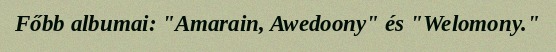
Főbb albumai: "Amarain, Awedoony" és "Welomony."